Vaccination report Assam 1896-1927 - 1896-1927
Year: 1896
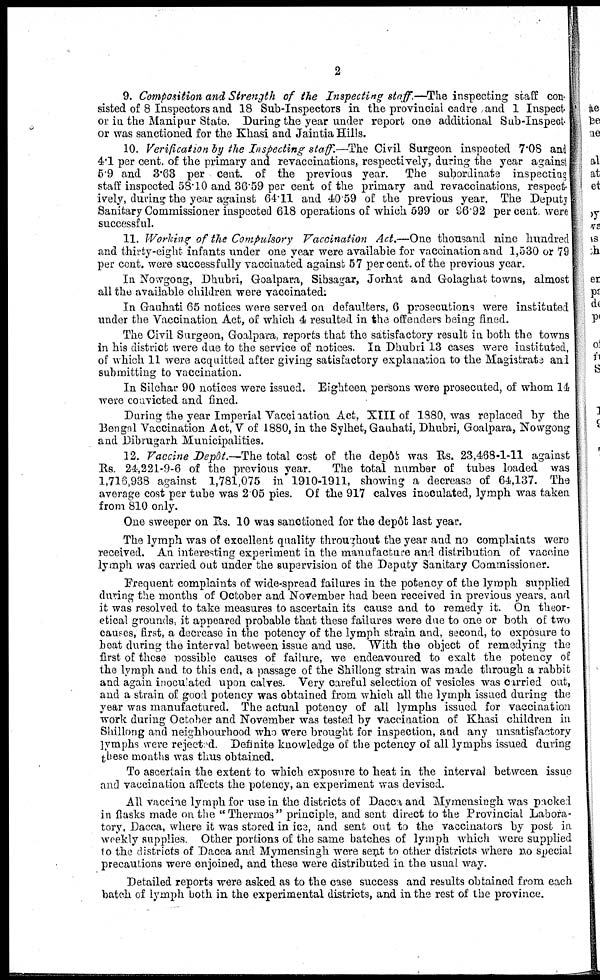
2
9. Composition and Strength of the Inspecting staff.—The inspecting staff con-
sisted of 8 Inspectors and 18 Sub-Inspectors in the provincial cadre and 1 Inspect
or in the Manipur State. During the year under report one additional Sub-Inspect¬
or was sanctioned for the Khasi and Jaintia Hills.
10. Verification by the Inspecting staff.—The Civil Surgeon inspected 7.08 and
4.1 per cent. of the primary and revaccinations, respectively, during the year against
5.9 and 3.63 per cent. of the previous year. The subordinate inspecting
staff inspected 58.10 and 36.59 per cent of the primary and revaccinations, respect-
ively, during the year against 64.11 and 40.59 of the previous year. The Deputy
Sanitary Commissioner inspected 618 operations of which 599 or 96.92 per cent. were
successful.
11. Working of the Compulsory Vaccination Act.—One thousand nine hundred
and thirty-eight infants under one year were available for vaccination and 1,530 or 79
per cent. were successfully vaccinated against 57 per cent. of the previous year.
In Nowgong, Dhubri, Goalpara, Sibsagar, Jorhat and Golaghat towns, almost
all the available children were vaccinated.
In Gauhati 65 notices were served on defaulters, 6 prosecutions were instituted
under the Vaccination Act, of which 4 resulted in the offenders being fined.
The Civil Surgeon, Goalpara, reports that the satisfactory result in both the towns
in his district were due to the service of notices. In Dhubri 13 cases were instituted,
of which 11 were acquitted after giving satisfactory explanation to the Magistrate and
submitting to vaccination.
In Silchar 90 notices were issued. Eighteen persons were prosecuted, of whom 14
were convicted and fined.
During the year Imperial Vaccination Act, XIII of 1880, was replaced by the
Bengal Vaccination Act, V of 1880, in the Sylhet, Gauhati, Dhubri, Goalpara, Nowgong
and Dibrugarh Municipalities.
12. Vaccine Depôt.—The total cost of the depôt was Rs. 23,468-1-11 against
Rs. 24,221-9-6 of the previous year.
The total number of tubes loaded was
1,716,938 against 1,781,075 in 1910-1911, showing a decrease of 64,137. The
average cost per tube was 2 05 pies. Of the 917 calves inoculated, lymph was taken
from 810 only.
One sweeper on Rs. 10 was sanctioned for the depôt last year.
The lymph was of excellent quality throughout the year and no complaints were
received. An interesting experiment in the manufacture and distribution of vaccine
lymph was carried out under the supervision of the Deputy Sanitary Commissioner.
Frequent complaints of wide-spread failures in the potency of the lymph supplied
during the months of October and November had been received in previous years, and
it was resolved to take measures to ascertain its cause and to remedy it. On theor-
etical grounds, it appeared probable that these failures were due to one or both of two
causes, first, a decrease in the potency of the lymph strain and, second, to exposure to
beat during the interval between issue and use. With the object of remedying the
first of these possible causes of failure, we endeavoured to exalt the potency of
the lymph and to this end, a passage of the Shillong strain was made through a rabbit
and again inoculated upon calves. Very careful selection of vesicles was carried out,
and a strain of good potency was obtained from which all the lymph issued during the
year was manufactured. The actual potency of all lymphs issued for vaccination
work during October and November was tested by vaccination of Khasi children in
Shillong and neighbourhood who were brought for inspection, and any unsatisfactory
lymphs were rejected. Definite knowledge of the potency of all lymphs issued during
these months was thus obtained.
To ascertain the extent to which exposure to heat in the interval between issue
and vaccination affects the potency, an experiment was devised.
All vaccine lymph for use in the districts of Dacca and Mymensingh was packed
in flasks made on the " Thermos" principle, and sent direct to the Provincial Labora-
tory, Dacca, where it was stored in ice, and sent out to the vaccinators by post in
weekly supplies. Other portions of the same batches of lymph which were supplied
to the districts of Dacca and Mymensingh were sent to other districts where no special
precautions were enjoined, and these were distributed in the usual way.
Detailed reports were asked as to the case success and results obtained from each
batch of lymph both in the experimental districts, and in the rest of the province.